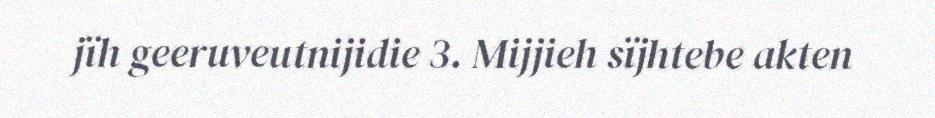
jïh geeruveutnijidie 3. Mijjieh sïjhtebe akten